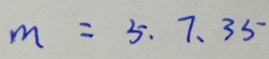
m = 5 . 7 、 3 5